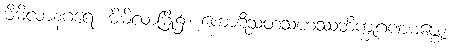
မိမိလာနဂရေ၊ မိမိလာမြို့၌။ ကောဋိသတသဟဿဘိက္ခုဂဏမဇ္ဈေ၊